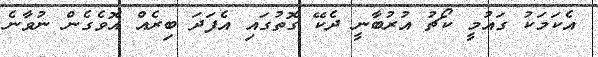
އެކަމަކު ގައުމީ ކޯޗު އުރުބާނީ ދެކޭ ގޮތުގައި އެފަދަ ބިރެއް އޮވެގެން ނުވާނެ